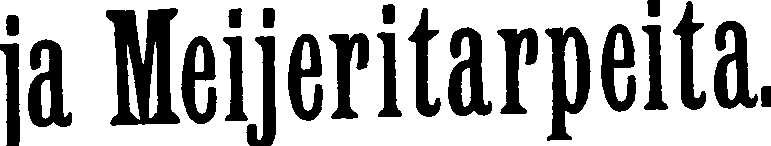
ja Meijeritarpeita.